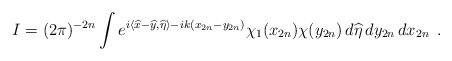
\begin{align*}I=(2\pi)^{-2n}\int e^{i\langle\widehat x-\widehat y,\widehat\eta\rangle-ik(x_{2n}-y_{2n})}\chi_1(x_{2n})\chi(y_{2n})\,d\widehat\eta\, dy_{2n}\,dx_{2n}\:\: .\end{align*}